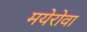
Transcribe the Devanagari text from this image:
मयेरोवा